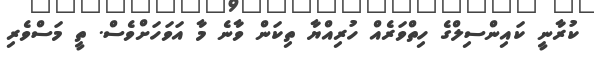
ކުރާނީ ކައިންސިލްގެ ހިތްވަރެއް ހުރިއްޔާ ތިކަން ވާނެ މާ އަވަހަށްވެސް. ތީ މަސްވެރި